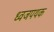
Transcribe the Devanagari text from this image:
ध्वजपथक